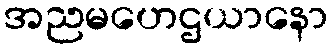
အညမဟေဌယာနော